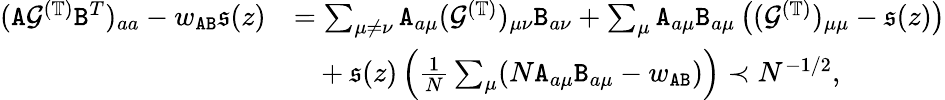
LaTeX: \begin{array}{rl}{({\texttt A}{\mathcal G}^{(\mathbb{T})}{\texttt B}^{T})_{aa}-w_{{\texttt A}{\texttt B}}\mathfrak{s}(z)}&{=\sum_{\mu\neq\nu}{\texttt A}_{a\mu}({\mathcal G}^{(\mathbb{T})})_{\mu\nu}{\texttt B}_{a\nu}+\sum_{\mu}{\texttt A}_{a\mu}{\texttt B}_{a\mu}\left(({\mathcal G}^{(\mathbb{T})})_{\mu\mu}-\mathfrak{s}(z)\right)}\\ &{~~~+\mathfrak{s}(z)\left(\frac 1{N}\sum_{\mu}(N{\texttt A}_{a\mu}{\texttt B}_{a\mu}-w_{{\texttt A}{\texttt B}})\right)\prec N^{-1/2},}\end{array}